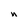
Character: n